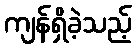
ကျန်ရှိခဲ့သည့်